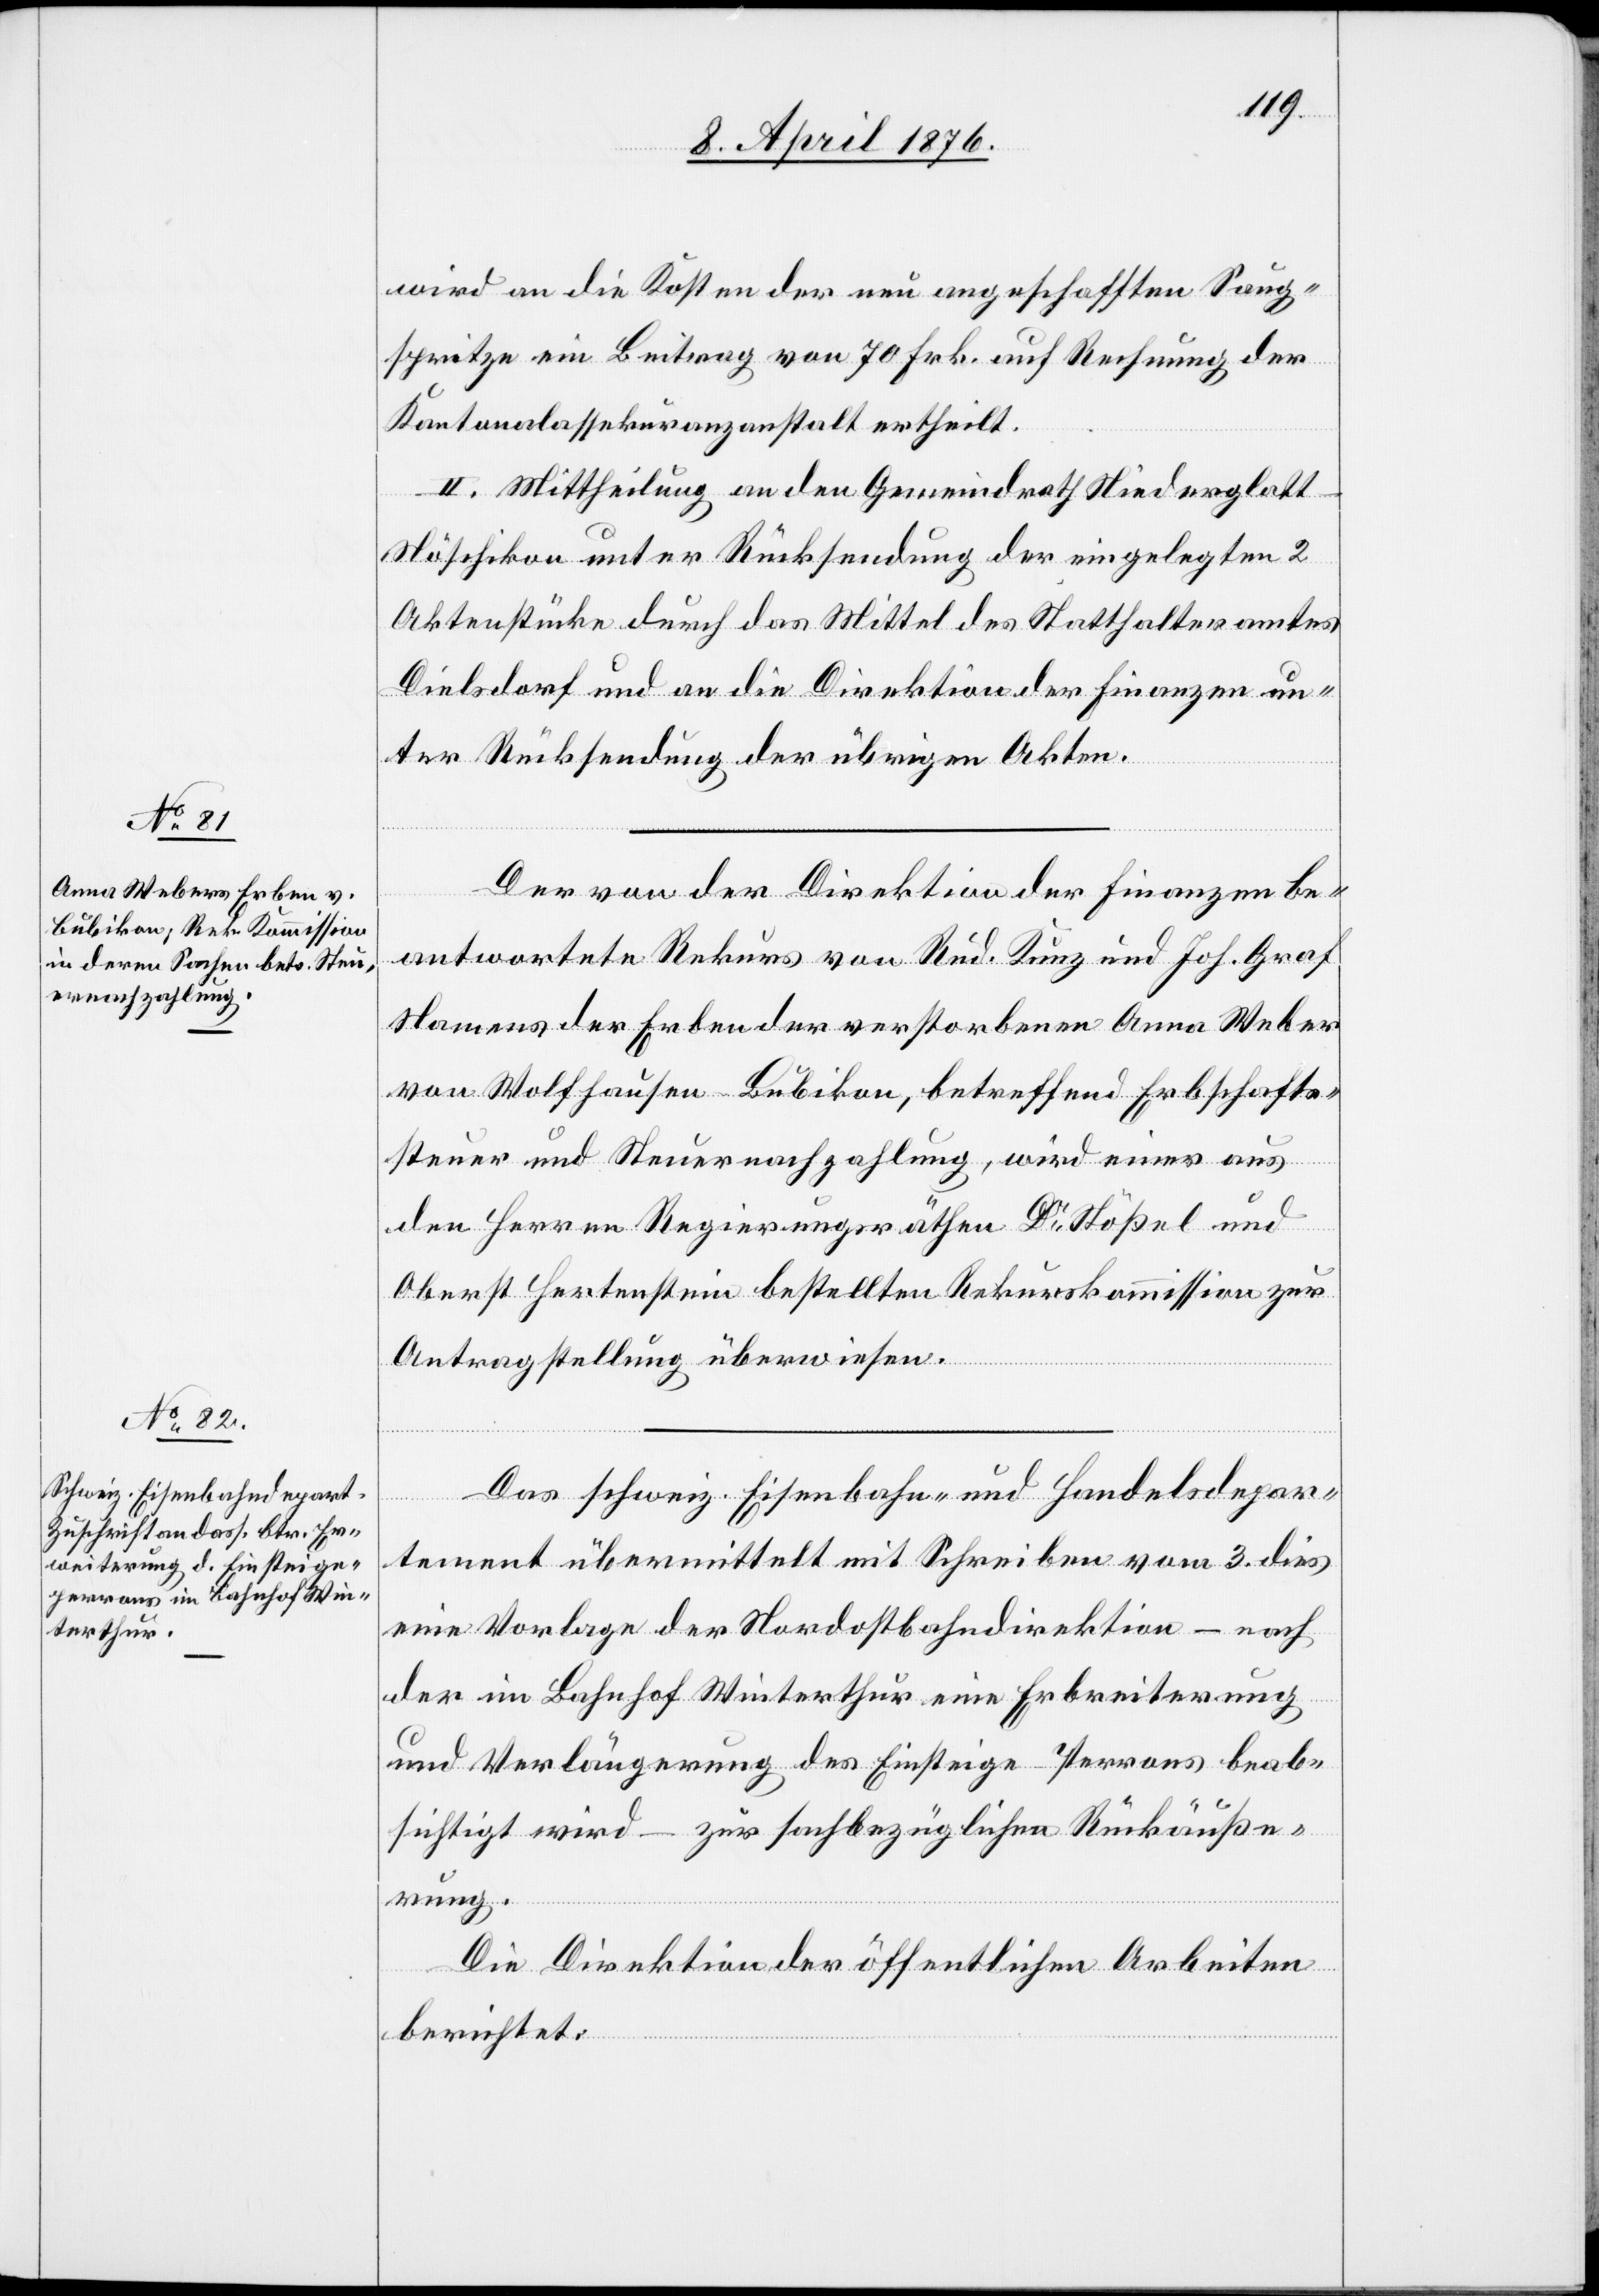
wird an die Kosten der nun angeschafften Saug¬
spritze ein Beitrag von 70 Frk. auf Rechnung der
Kantonalassekuranzanstalt ertheilt.
II. Mittheilung an den Gemeindrath Niederglat¬
t-Nöschikon unter Rücksendung der eingelegten 2
Aktenstücke durch das Mittel des Statthalteramtes
Dielsdorf und an die Direktion der Finanzen un¬
ter Rücksendung der übrigen Akten.
Der von der Direktion der Finanzen be¬
antwortete Rekurs von Rud. Kunz und Joh. Graf
Namens der Erben der verstorbenen Anna Weber
von Wolfhausen-Bubikon, betreffend Erbschafts¬
steuer und Steuernachzahlung, wird einer aus
den Herren Regierungsräthen Dr Stößel und
Oberst Hertenstein bestellten Rekurskommission zur
Antragstellung überwiesen.
Das schweiz. Eisenbahn- und Handelsdepar¬
tement übermittelt mit Schreiben vom 3. dies
eine Vorlage der Nordostbahndirektion – nach
der im Bahnhof Winterthur eine Erbreiterung
und Verlängerung des Einsteige-Perrons beab¬
sichtigt wird – zur sachbezüglichen Rückäuße¬
rung.
Die Direktion der öffentlichen Arbeiten
berichtet: